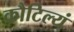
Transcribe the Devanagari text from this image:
कौटिल्यं